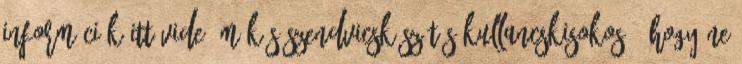
információk itt Videó Mókás szendvicskészítés Kullancskisokos – hogy ne